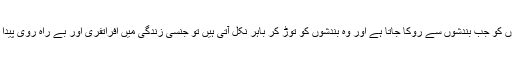
’’فطری جبلّتوں کو جب بندشوں سے روکا جاتا ہے اور وہ بندشوں کو توڑ کر باہر نکل آتی ہیں تو جنسی زندگی میں افراتفری اور بے راہ روی پیدا ہو سکتی ہے۔